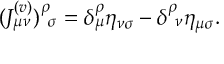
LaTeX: ( J _ { \mu \nu } ^ { ( v ) } ) _ { \ \sigma } ^ { \rho } = \delta _ { \mu } ^ { \rho } \eta _ { \nu \sigma } - \delta _ { \ \nu } ^ { \rho } \eta _ { \mu \sigma } .